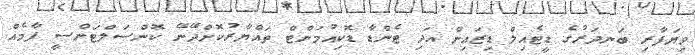
ވިޔަފާރި ބަނދަރުގެ ޑީޓެއިލް ޑިޒައިން އަދި ޓެންޑާ ޑޮކިއުމަންޓް ތައްޔާރުކޮށްދޭނޭ ކޮންސަލްޓަންސީ ފާމެއް